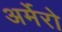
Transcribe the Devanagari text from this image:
अर्मेरो